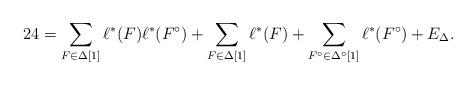
LaTeX: \begin{align*}24 = \sum_{F \in \Delta[1]}\ell^*(F) \ell^*(F^\circ) + \sum_{F \in \Delta[1]}\ell^*(F) + \sum_{F^\circ \in \Delta^\circ[1]} \ell^*(F^\circ) + E_\Delta.\end{align*}